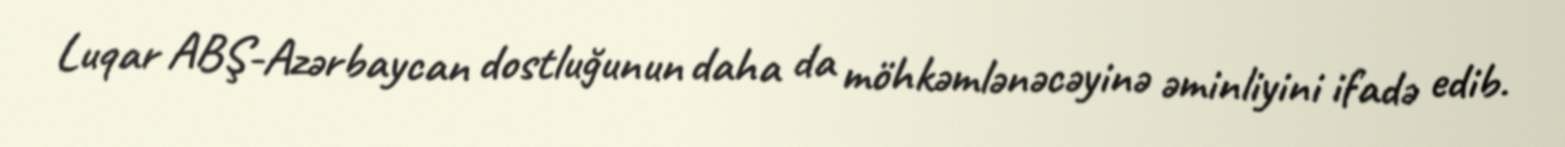
Luqar ABŞ-Azərbaycan dostluğunun daha da möhkəmlənəcəyinə əminliyini ifadə edib.